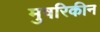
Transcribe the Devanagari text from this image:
मुषरिकीन